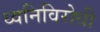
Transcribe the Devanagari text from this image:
ध्वनिविरोधी